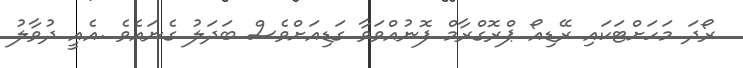
ރޯދަ މަހަށްޓަކައި ރޭޑިއޯ ޕްރޮގްރާމް ފޮނުއްވަވާ ގަޑިއަށްވެސް ބަދަލު ގެނައެވެ .އެއީ ދުވާލު